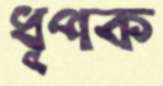
ধূপক